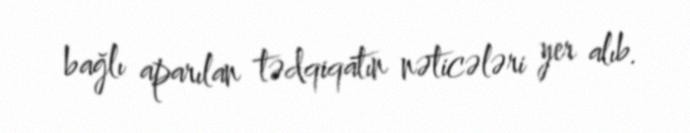
bağlı aparılan tədqiqatın nəticələri yer alıb.